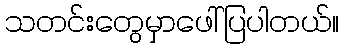
သတင်းတွေမှာဖေါ်ပြပါတယ်။